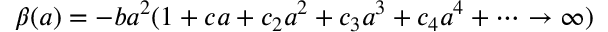
\beta ( a ) = - b a ^ { 2 } ( 1 + c a + c _ { 2 } a ^ { 2 } + c _ { 3 } a ^ { 3 } + c _ { 4 } a ^ { 4 } + \cdots \rightarrow \infty )